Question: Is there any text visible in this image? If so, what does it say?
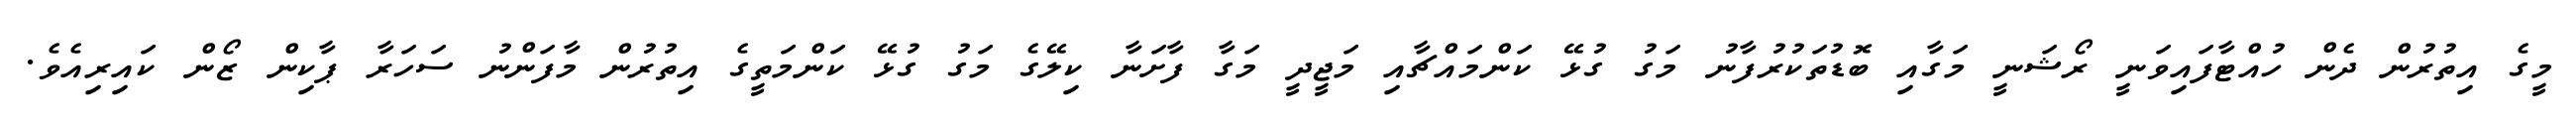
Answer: މީގެ އިތުރުން ދެން ހުއްޓާފައިވަނީ ރޯޝަނީ މަގާއި ބޮޑުތަކުރުފާނު މަގު ގުޅޭ ކަންމައްޗާއި މަޖީދީ މަގާ ފާށަނާ ކިލޭގެ މަގު ގުޅޭ ކަންމަތީގެ އިތުރުން މާފަންނު ސަހަރާ ޕާކިން ޒޯން ކައިރިއެވެ.